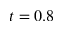
t = 0 . 8